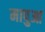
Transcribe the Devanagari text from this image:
मापुआ